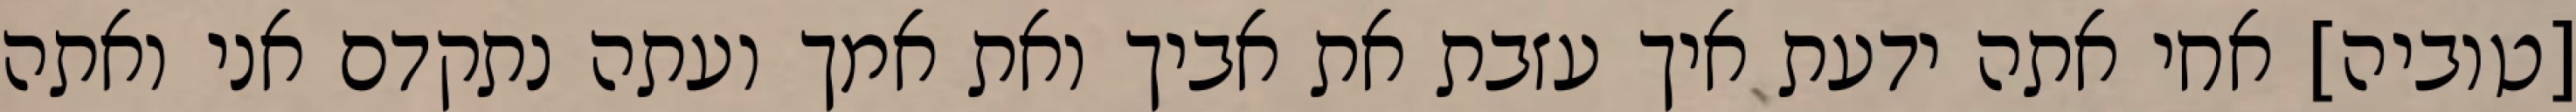
[טוביה] אחי אתה ידעת איך עזבת את אביך ואת אמך ועתה נתקדם אני ואתה